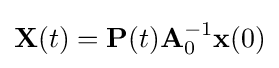
\mathbf {X} (t)=\mathbf {P} (t)\mathbf {A} _{0}^{-1}\mathbf {x} (0)